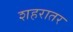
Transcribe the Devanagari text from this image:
शहरातर